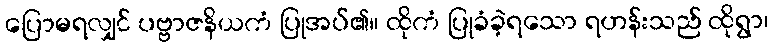
ပြောမရလျှင် ပဗ္ဗာဇနိယကံ ပြုအပ်၏။ ထိုကံ ပြုခံခဲ့ရသော ရဟန်းသည် ထိုရွာ၊